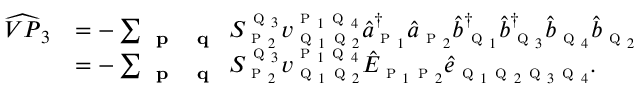
\begin{array} { r l } { \widehat { V P } _ { 3 } } & { = - \sum _ { \textbf { \textsc { p } } \textbf { \textsc { q } } } S _ { \textsc { p } _ { 2 } } ^ { \textsc { q } _ { 3 } } { v } _ { \textsc { q } _ { 1 } \textsc { q } _ { 2 } } ^ { \textsc { p } _ { 1 } \textsc { q } _ { 4 } } \hat { a } _ { \textsc { p } _ { 1 } } ^ { \dagger } \hat { a } _ { \textsc { p } _ { 2 } } \hat { b } _ { \textsc { q } _ { 1 } } ^ { \dagger } \hat { b } _ { \textsc { q } _ { 3 } } ^ { \dagger } \hat { b } _ { \textsc { q } _ { 4 } } \hat { b } _ { \textsc { q } _ { 2 } } } \\ & { = - \sum _ { \textbf { \textsc { p } } \textbf { \textsc { q } } } S _ { \textsc { p } _ { 2 } } ^ { \textsc { q } _ { 3 } } { v } _ { \textsc { q } _ { 1 } \textsc { q } _ { 2 } } ^ { \textsc { p } _ { 1 } \textsc { q } _ { 4 } } \hat { E } _ { \textsc { p } _ { 1 } \textsc { p } _ { 2 } } \hat { e } _ { \textsc { q } _ { 1 } \textsc { q } _ { 2 } \textsc { q } _ { 3 } \textsc { q } _ { 4 } } . } \end{array}